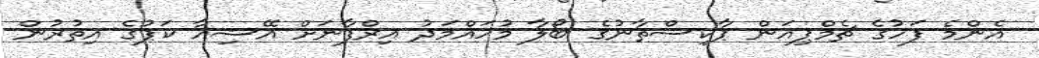
އެންމެ ފަހުގެ ޗެމްޕިއަން ޕާކިސްތާނުގެ ބޯލާ މުހައްމަދު އިރްފާނަށް އޭޝިއާ ކަޕުގެ އިތުރުން